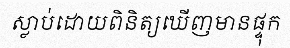
ស្លាប់ដោយពិនិត្យឃើញមានផ្ទុក